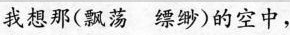
我想那（飘荡缥缈)的空中，